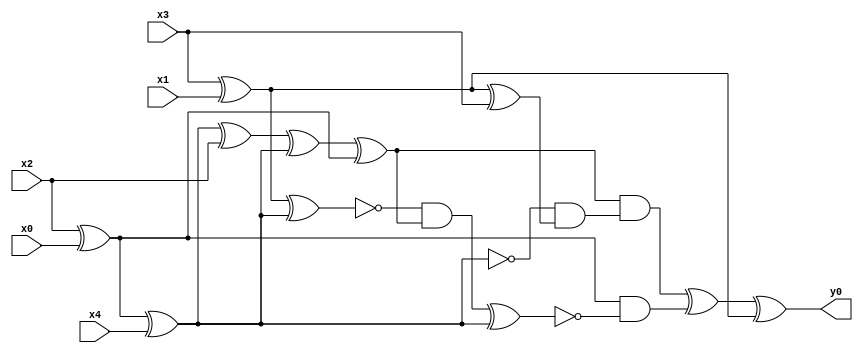
module top( x0 , x1 , x2 , x3 , x4 , y0 );
  input x0 , x1 , x2 , x3 , x4 ;
  output y0 ;
  wire n6 , n7 , n8 , n9 , n10 , n11 , n12 , n13 , n14 , n15 , n16 , n17 , n18 , n19 , n20 ;
  assign n6 = x2 ^ x0 ;
  assign n7 = n6 ^ x4 ;
  assign n10 = n7 ^ x2 ;
  assign n11 = n10 ^ n7 ;
  assign n12 = n11 ^ n6 ;
  assign n8 = x3 ^ x1 ;
  assign n16 = n8 ^ x3 ;
  assign n17 = ~n7 & n16 ;
  assign n18 = n12 & n17 ;
  assign n9 = n8 ^ n7 ;
  assign n13 = ~n9 & n12 ;
  assign n14 = n13 ^ n7 ;
  assign n15 = n6 & ~n14 ;
  assign n19 = n18 ^ n15 ;
  assign n20 = n19 ^ n8 ;
  assign y0 = n20 ;
endmodule